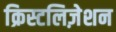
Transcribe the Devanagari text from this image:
क्रिस्टलिज़ेशन